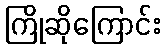
ကြိုဆိုကြောင်း